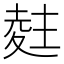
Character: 𭐨